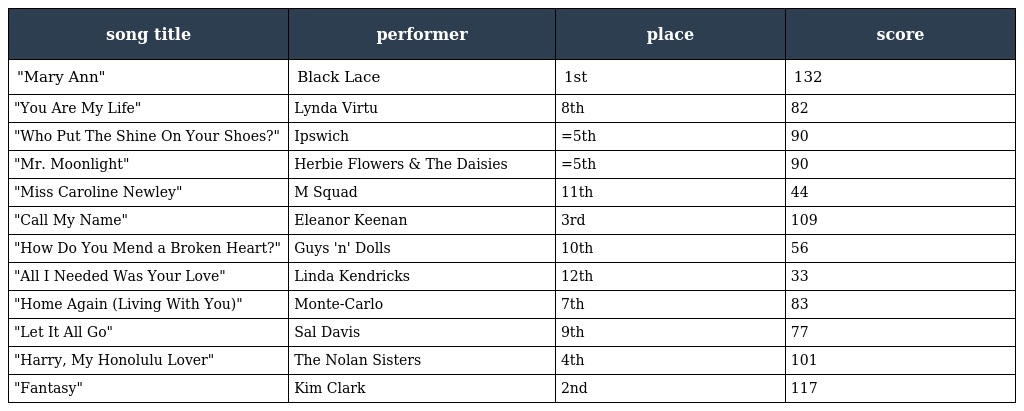
| song title | performer | place | score |
 | --- | --- | --- | --- |
 | "Mary Ann" | Black Lace | 1st | 132 |
 | "You Are My Life" | Lynda Virtu | 8th | 82 |
 | "Who Put The Shine On Your Shoes?" | Ipswich | =5th | 90 |
 | "Mr. Moonlight" | Herbie Flowers & The Daisies | =5th | 90 |
 | "Miss Caroline Newley" | M Squad | 11th | 44 |
 | "Call My Name" | Eleanor Keenan | 3rd | 109 |
 | "How Do You Mend a Broken Heart?" | Guys 'n' Dolls | 10th | 56 |
 | "All I Needed Was Your Love" | Linda Kendricks | 12th | 33 |
 | "Home Again (Living With You)" | Monte-Carlo | 7th | 83 |
 | "Let It All Go" | Sal Davis | 9th | 77 |
 | "Harry, My Honolulu Lover" | The Nolan Sisters | 4th | 101 |
 | "Fantasy" | Kim Clark | 2nd | 117 |